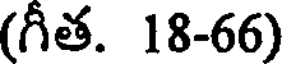
(గీత. 18-66)